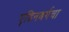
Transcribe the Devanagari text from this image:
ए्डिनबर्गचा